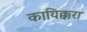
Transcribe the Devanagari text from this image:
कायिक्करा